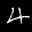
Label: 4